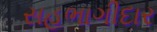
સહભાગીદાર